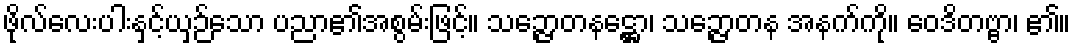
ဖိုလ်လေးပါးနှင့်ယှဉ်သော ပညာ၏အစွမ်းဖြင့်။ သဉ္ဇောတနဋ္ဌော၊ သဉ္ဇောတန အနက်ကို။ ဝေဒိတဗ္ဗာ၊ ၏။